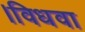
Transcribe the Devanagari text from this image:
।विधवा